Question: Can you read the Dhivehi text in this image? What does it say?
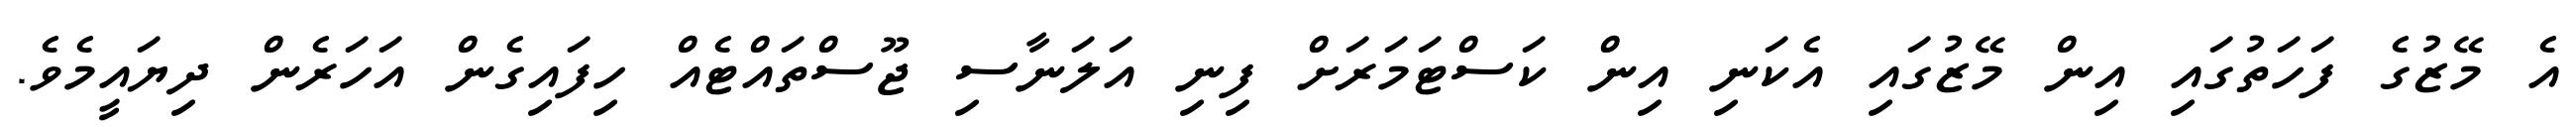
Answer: އެ މޭޒުގެ ފަހަތުގައި އިން މޭޒުގައި އެކަނި އިން ކަސްޓަމަރަށް ފިނި އަލަނާސި ޖޫސްތައްޓެއް ހިފައިގެން އަހަރެން ދިޔައީމެވެ.